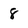
Character: 8